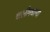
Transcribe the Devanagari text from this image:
चालीमधल्या